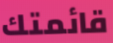
قائمتك